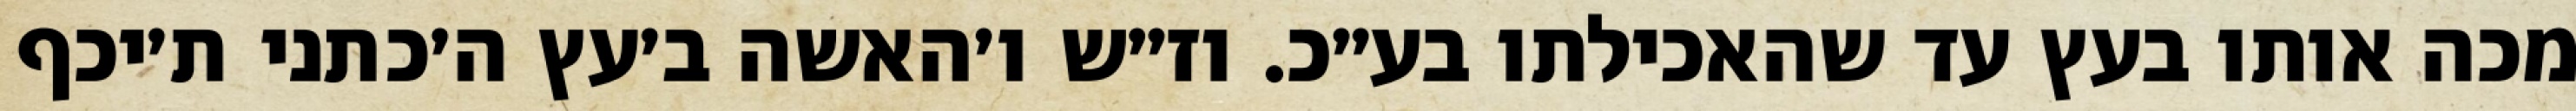
מכה אותו בעץ עד שהאכילתו בע״כ. וז״ש ו׳האשה ב׳עץ ה׳כתני ת׳יכף